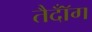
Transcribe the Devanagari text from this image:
तैदॉँग